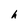
Character: h